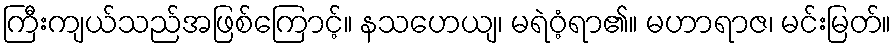
ကြီးကျယ်သည်အဖြစ်ကြောင့်။ နသဟေယျ၊ မရဲဝံ့ရာ၏။ မဟာရာဇ၊ မင်းမြတ်။